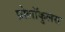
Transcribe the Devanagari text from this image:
प्रोलॉकुलस